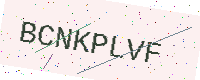
Text: BCNKPLVF